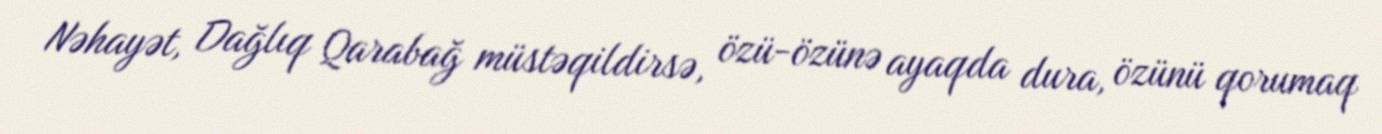
Nəhayət, Dağlıq Qarabağ müstəqildirsə, özü-özünə ayaqda dura, özünü qorumaq